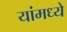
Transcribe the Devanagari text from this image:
यांमध्‍ये